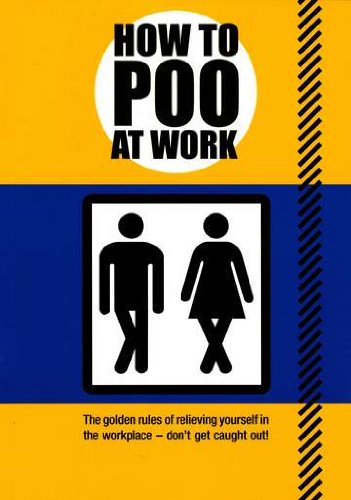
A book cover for How to Poo at Work; Mats; Humor & Entertainment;